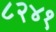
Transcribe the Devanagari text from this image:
८२४१